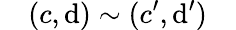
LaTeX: \quad(c,\mathrm{d})\sim(c^{\prime},\mathrm{d}^{\prime})\quad